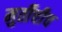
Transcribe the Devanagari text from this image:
मुर्तीचीच